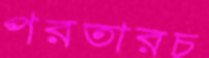
পরতারচ